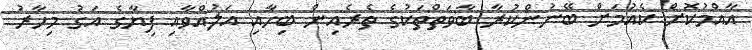
އާއްމުކޮށް ކެއުމަށް ބޭނުންކުރާ ބާވަތްތަކުގެ ތެރެއިން ބިހާއި އަލުއްވާއި ފިޔާގެ އަގު މިހާރު